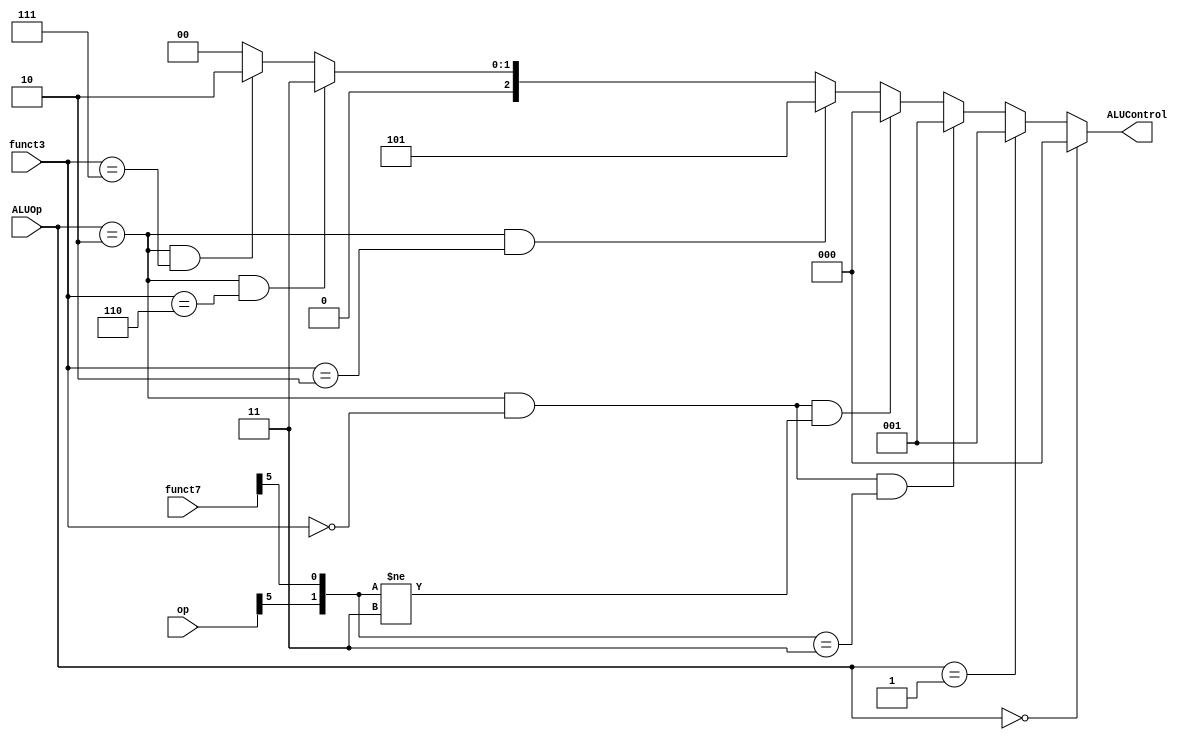
`timescale 1ns / 1ps
//////////////////////////////////////////////////////////////////////////////////
// Company: 
// Engineer: 
// 
// Design Name: 
// Module Name: ALU_Decoder
// Project Name: 
// Target Devices: 
// Tool Versions: 
// Description: 
// 
// Dependencies: 
// 
// Revision:
// Revision 0.01 - File Created
// Additional Comments:
// 
//////////////////////////////////////////////////////////////////////////////////



module ALU_Decoder(ALUOp,funct3,funct7,op,ALUControl);

    input [1:0]ALUOp;
    input [2:0]funct3;
    input [6:0]funct7,op;
    output [2:0]ALUControl;

    // Method 1 
    // assign ALUControl = (ALUOp == 2'b00) ? 3'b000 :
    //                     (ALUOp == 2'b01) ? 3'b001 :
    //                     (ALUOp == 2'b10) ? ((funct3 == 3'b000) ? ((({op[5],funct7[5]} == 2'b00) | ({op[5],funct7[5]} == 2'b01) | ({op[5],funct7[5]} == 2'b10)) ? 3'b000 : 3'b001) : 
    //                                         (funct3 == 3'b010) ? 3'b101 : 
    //                                         (funct3 == 3'b110) ? 3'b011 : 
    //                                         (funct3 == 3'b111) ? 3'b010 : 3'b000) :
    //                                        3'b000;

    // Method 2
    assign ALUControl = (ALUOp == 2'b00) ? 3'b000 :
                        (ALUOp == 2'b01) ? 3'b001 :
                        ((ALUOp == 2'b10) & (funct3 == 3'b000) & ({op[5],funct7[5]} == 2'b11)) ? 3'b001 : 
                        ((ALUOp == 2'b10) & (funct3 == 3'b000) & ({op[5],funct7[5]} != 2'b11)) ? 3'b000 : 
                        ((ALUOp == 2'b10) & (funct3 == 3'b010)) ? 3'b101 : 
                        ((ALUOp == 2'b10) & (funct3 == 3'b110)) ? 3'b011 : 
                        ((ALUOp == 2'b10) & (funct3 == 3'b111)) ? 3'b010 : 
                                                                  3'b000 ;
endmodule